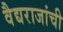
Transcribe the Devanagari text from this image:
वैद्यराजांची